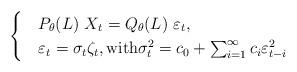
LaTeX: \begin{align*}\begin{cases}&P_\theta(L) \ X_t=Q_\theta(L) \ \varepsilon_t,\\&\varepsilon_t=\sigma_t \zeta_t,\mbox{with} \sigma_t^2=c_0+\sum_{i=1}^{\infty}c_i \varepsilon_{t-i}^2\end{cases}\end{align*}